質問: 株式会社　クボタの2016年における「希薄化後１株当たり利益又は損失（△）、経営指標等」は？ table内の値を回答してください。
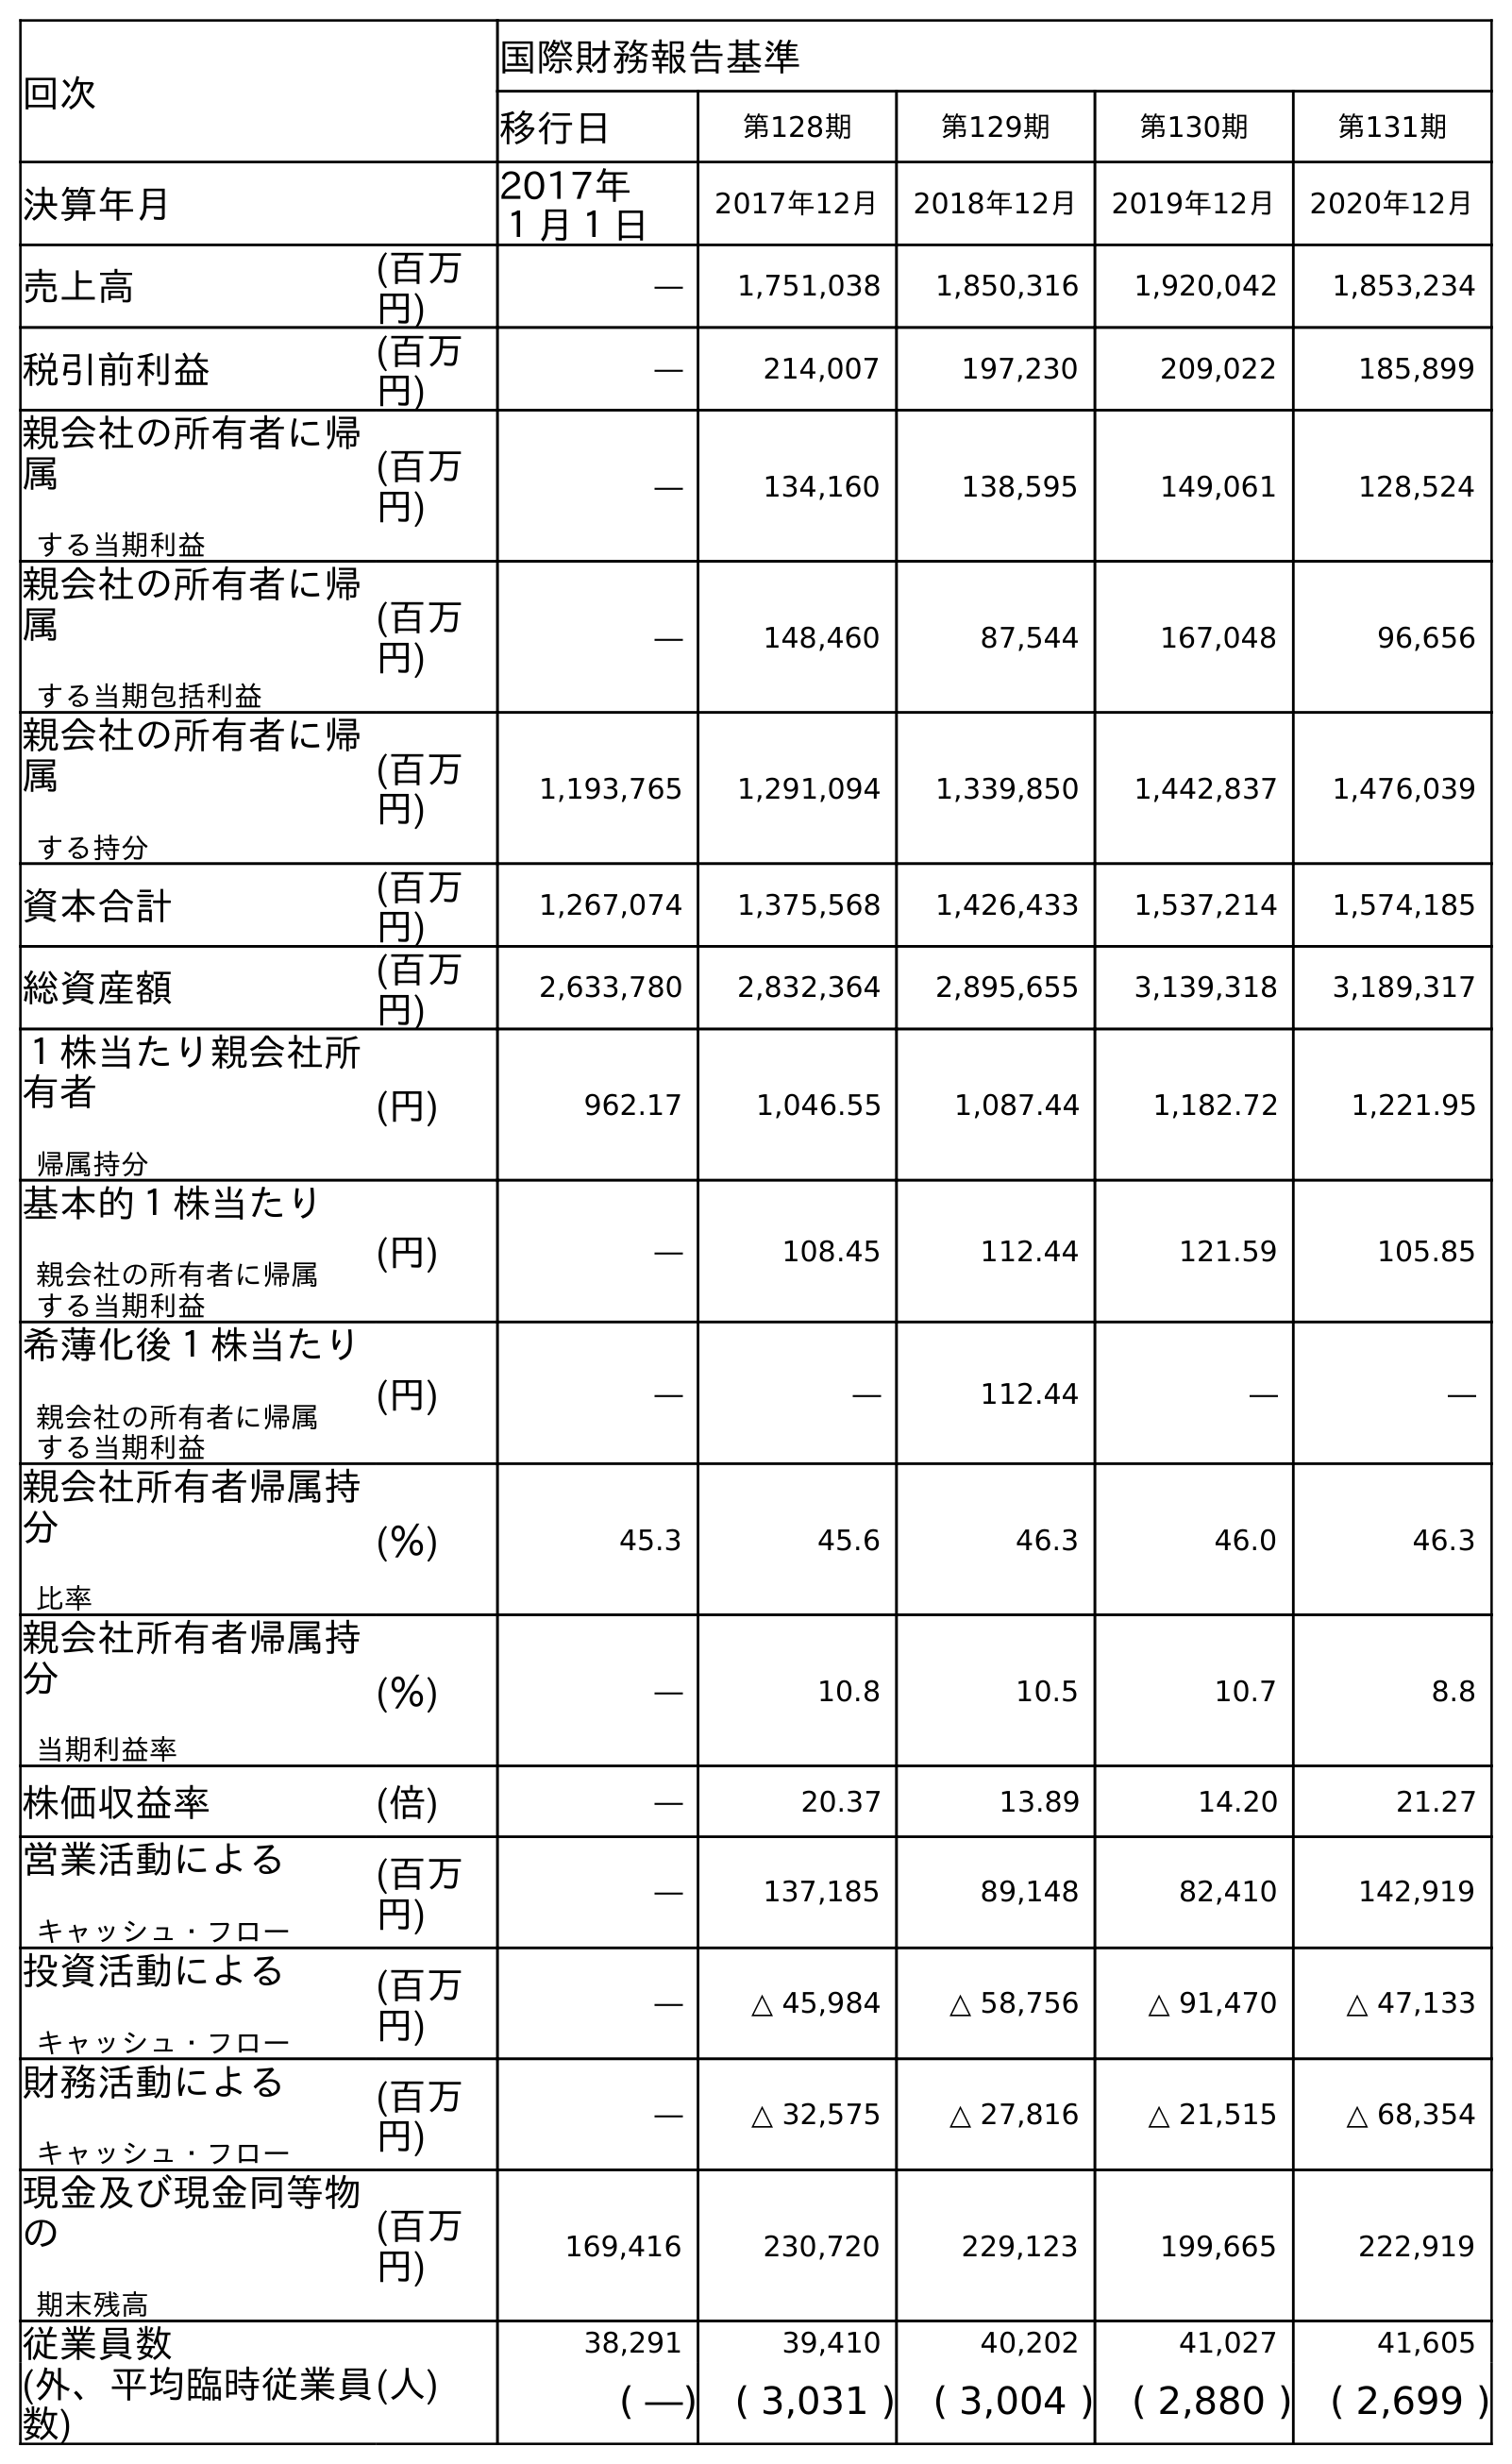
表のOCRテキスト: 回次 国際財務報告基準 移行日 第128期 第129期 第130期 第131期 決算年月 2017年 １月１日 2017年12月 2018年12月 2019年12月 2020年12月 売上高 (百万 円) ― 1,751,038 1,850,316 1,920,042 1,853,234 税引前利益 (百万 円) ― 214,007 197,230 209,022 185,899 親会社の所有者に帰 属 する当期利益 (百万 円) ― 134,160 138,595 149,061 128,524 親会社の所有者に帰 属 する当期包括利益 (百万 円) ― 148,460 87,544 167,048 96,656 親会社の所有者に帰 属 する持分 (百万 円) 1,193,765 1,291,094 1,339,850 1,442,837 1,476,039 資本合計 (百万 円) 1,267,074 1,375,568 1,426,433 1,537,214 1,574,185 総資産額 (百万 円) 2,633,780 2,832,364 2,895,655 3,139,318 3,189,317 １株当たり親会社所 有者 帰属持分 (円) 962.17 1,046.55 1,087.44 1,182.72 1,221.95 基本的１株当たり 親会社の所有者に帰属 する当期利益 (円) ― 108.45 112.44 121.59 105.85 希薄化後１株当たり 親会社の所有者に帰属 する当期利益 (円) ― ― 112.44 ― ― 親会社所有者帰属持 分 比率 (％) 45.3 45.6 46.3 46.0 46.3 親会社所有者帰属持 分 当期利益率 (％) ― 10.8 10.5 10.7 8.8 株価収益率 (倍) ― 20.37 13.89 14.20 21.27 営業活動による キャッシュ・フロー (百万 円) ― 137,185 89,148 82,410 142,919 投資活動による キャッシュ・フロー (百万 円) ― △ 45,984 △ 58,756 △ 91,470 △ 47,133 財務活動による キャッシュ・フロー (百万 円) ― △ 32,575 △ 27,816 △ 21,515 △ 68,354 現金及び現金同等物 の 期末残高 (百万 円) 169,416 230,720 229,123 199,665 222,919 従業員数 (人) 38,291 39,410 40,202 41,027 41,605 (外、平均臨時従業員 数) ( ―) ( 3,031 ) ( 3,004 ) ( 2,880 ) ( 2,699 )
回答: ―